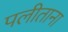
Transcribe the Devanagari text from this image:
पलीताना